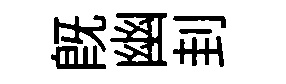
既幽刲